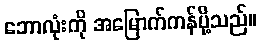
ဘောလုံးကို အမြောက်ကန်ပို့သည်။